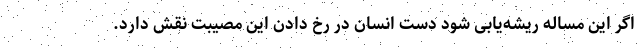
اگر این مساله ریشه‌یابی شود دست انسان در رخ دادن این مصیبت نقش دارد.